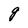
Character: g